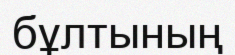
бұлтының